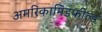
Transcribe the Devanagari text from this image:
अमरिकामिडफील्‍ड